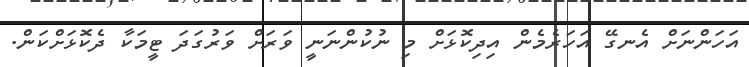
އަހަންނަށް އެނގޭ އަހަރެމެން އިދިކޮޅަށް މި ނުކުންނަނީ ވަރަށް ވަރުގަދަ ޓީމަކާ ދެކޮޅަށްކަން.